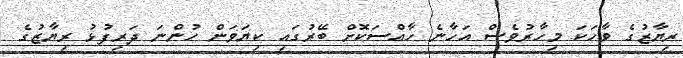
ރިޔާޒުގެ ވާހަކަ މިހާރުވެސް އަހާނެ ހާއްސަކޮށް ބޭރުގައި ކިޔަވަން ހުންނަ ދަރިފުޅު ރިޔާޒުގެ